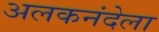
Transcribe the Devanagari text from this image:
अलकनंदेला